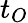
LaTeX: t_{O}